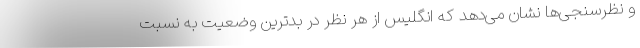
و نظرسنجی‌ها نشان می‌دهد که انگلیس از هر نظر در بدترین وضعیت به نسبت